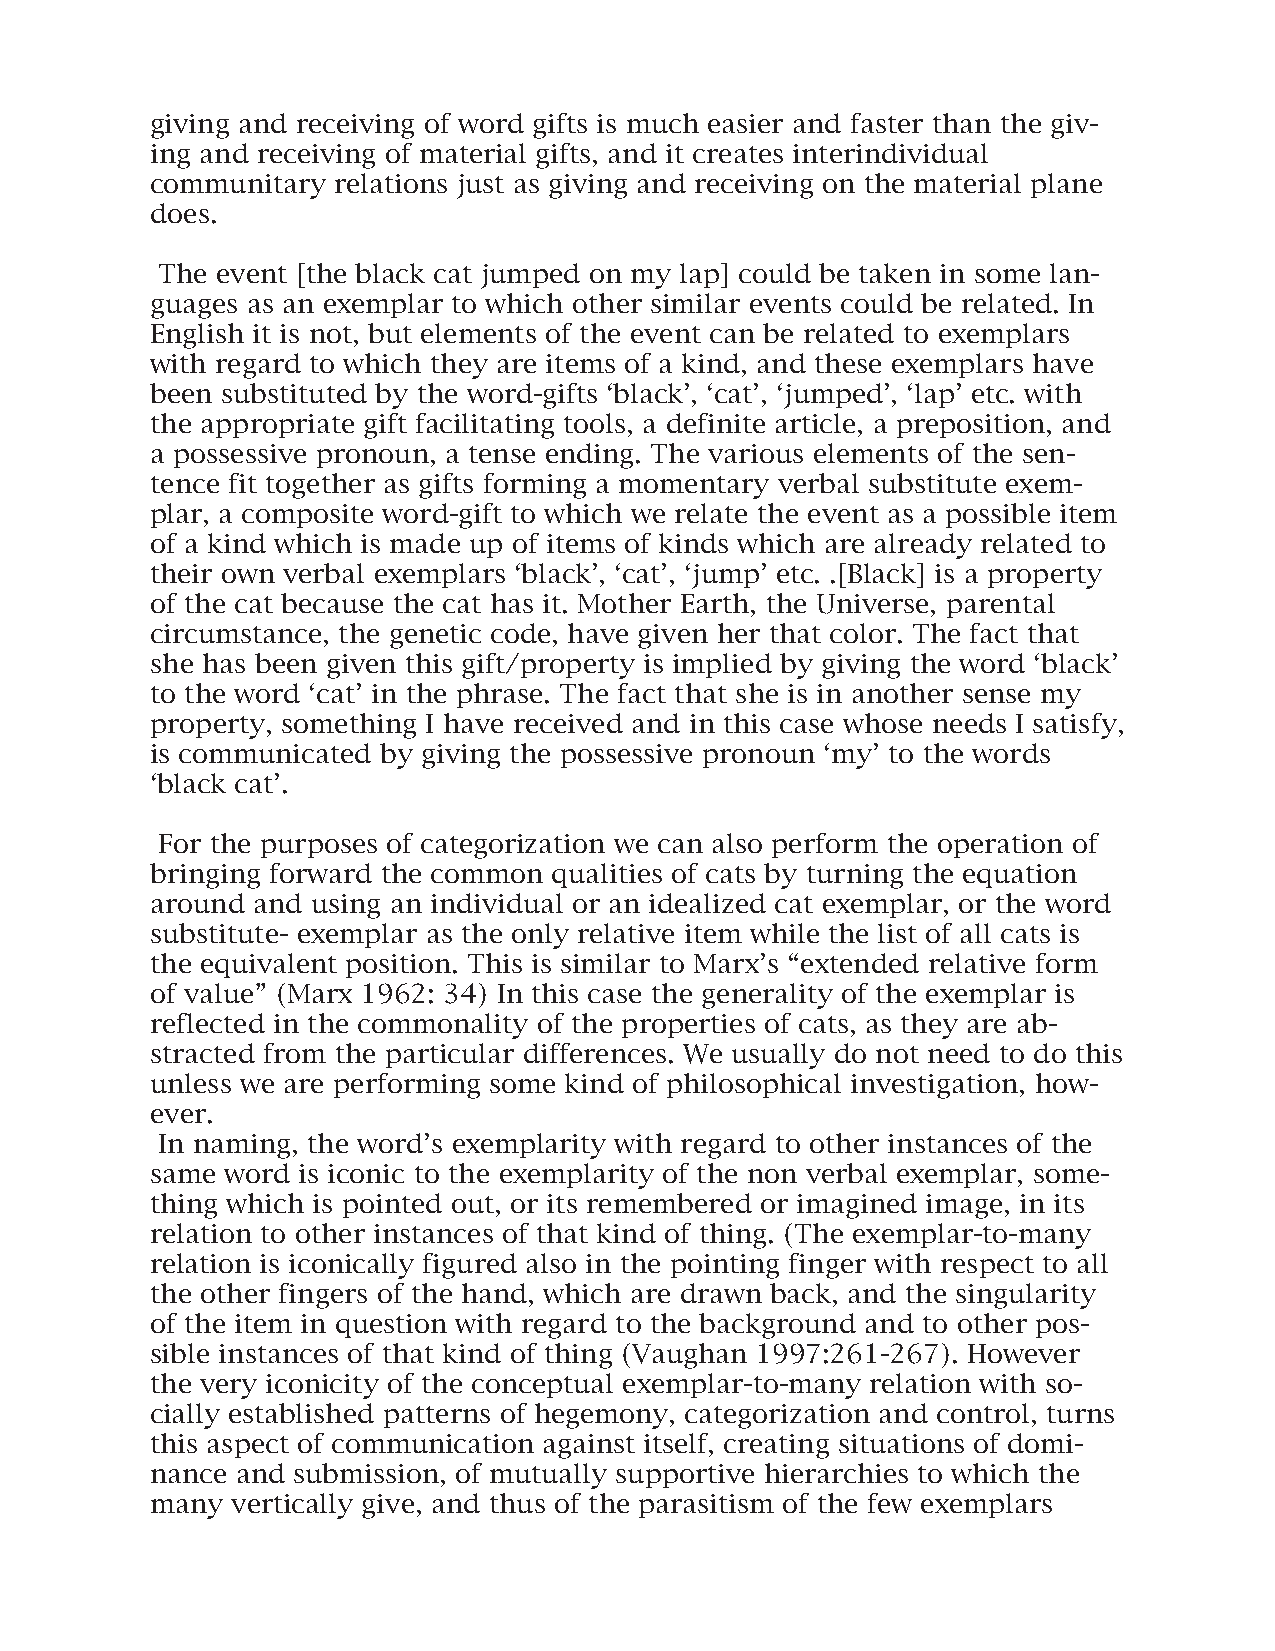
giving and receiving of word gifts is much easier and faster than the giv-
 ing and receiving of material gifts, and it creates interindividual
 communitary relations just as giving and receiving on the material plane
 does.
 The event [the black cat jumped on my lap] could be taken in some lan-
 guages as an exemplar to which other similar events could be related. In
 English it is not, but elements of the event can be related to exemplars
 with regard to which they are items of a kind, and these exemplars have
 been substituted by the word-gifts ‘black’, ‘cat’, ‘jumped’, ‘lap’ etc. with
 the appropriate gift facilitating tools, a definite article, a preposition, and
 a possessive pronoun, a tense ending. The various elements of the sen-
 tence fit together as gifts forming a momentary verbal substitute exem-
 plar, a composite word-gift to which we relate the event as a possible item
 of a kind which is made up of items of kinds which are already related to
 their own verbal exemplars ‘black’, ‘cat’, ‘jump’ etc. .[Black] is a property
 of the cat because the cat has it. Mother Earth, the Universe, parental
 circumstance, the genetic code, have given her that color. The fact that
 she has been given this gift/property is implied by giving the word ‘black’
 to the word ‘cat’ in the phrase. The fact that she is in another sense my
 property, something I have received and in this case whose needs I satisfy,
 is communicated by giving the possessive pronoun ‘my’ to the words
 ‘black cat’.
 For the purposes of categorization we can also perform the operation of
 bringing forward the common qualities of cats by turning the equation
 around and using an individual or an idealized cat exemplar, or the word
 substitute- exemplar as the only relative item while the list of all cats is
 the equivalent position. This is similar to Marx’s “extended relative form
 of value” (Marx 1962: 34) In this case the generality of the exemplar is
 reflected in the commonality of the properties of cats, as they are ab-
 stracted from the particular differences. We usually do not need to do this
 unless we are performing some kind of philosophical investigation, how-
 ever.
 In naming, the word’s exemplarity with regard to other instances of the
 same word is iconic to the exemplarity of the non verbal exemplar, some-
 thing which is pointed out, or its remembered or imagined image, in its
 relation to other instances of that kind of thing. (The exemplar-to-many
 relation is iconically figured also in the pointing finger with respect to all
 the other fingers of the hand, which are drawn back, and the singularity
 of the item in question with regard to the background and to other pos-
 sible instances of that kind of thing (Vaughan 1997:261-267). However
 the very iconicity of the conceptual exemplar-to-many relation with so-
 cially established patterns of hegemony, categorization and control, turns
 this aspect of communication against itself, creating situations of domi-
 nance and submission, of mutually supportive hierarchies to which the
 many vertically give, and thus of the parasitism of the few exemplars